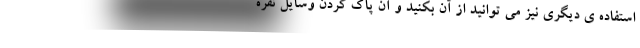
استفاده ی دیگری نیز می توانید از آن بکنید و آن پاک کردن وسایل نقره